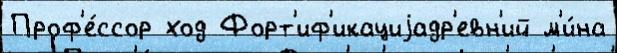
Проф'е́ссор ход Форт'иф'икациjадр'евн'ий м'и́на